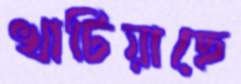
খাটিয়াছে